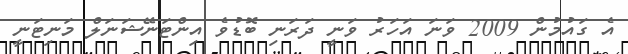
އެ ގައުމުން 2009 ވަނަ އަހަރު ވަނީ ދަރަނި ބޮޑުވެ އިންޓަނޭޝަނަލް މަނިޓަނީ